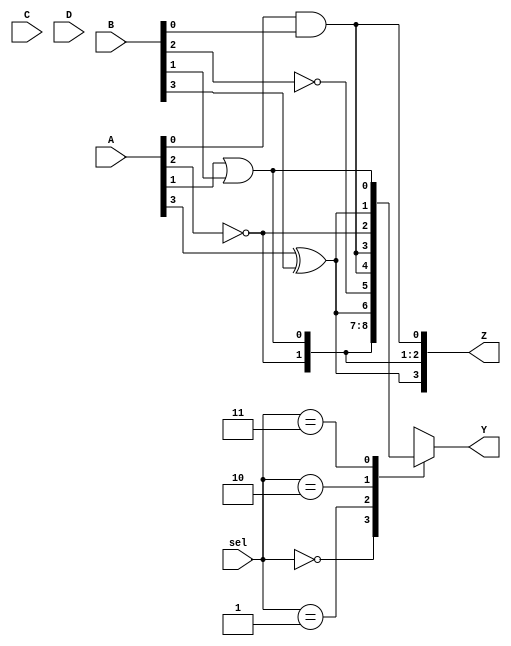
module CLB (
    input wire [3:0] A,      // Inputs A[3:0]
    input wire [3:0] B,      // Inputs B[3:0]
    input wire [3:0] C,      // Inputs C[3:0]
    input wire [3:0] D,      // Inputs D[3:0]
    input wire [1:0] sel,    // Select signal for multiplexers
    output wire [3:0] Y,     // Outputs Y[3:0]
    output wire [3:0] Z      // Outputs Z[3:0]
);

// Internal signals for logic operations
wire and_out;
wire or_out;
wire not_out_A;
wire not_out_B;
wire xor_out;

// Logic operations
assign and_out = A[0] & B[0]; // AND operation
assign or_out = A[1] | B[1];  // OR operation
assign not_out_A = ~A[2];     // NOT operation
assign not_out_B = ~B[2];     // NOT operation
assign xor_out = A[3] ^ B[3]; // XOR operation

// Multiplexer for output selection
always @(*) begin
    case (sel)
        2'b00: Y = {not_out_A, not_out_B, or_out, and_out}; // Select NOT, OR, AND
        2'b01: Y = {xor_out, and_out, or_out, not_out_A};   // Select XOR, AND, OR
        2'b10: Y = {or_out, xor_out, not_out_B, and_out};   // Select OR, XOR, NOT
        2'b11: Y = {and_out, not_out_A, xor_out, or_out};    // Select AND, NOT, XOR
        default: Y = 4'b0000; // Default case
    endcase
end

// Additional output logic (for demonstration)
assign Z[0] = and_out; // Direct connection to output Z[0]
assign Z[1] = or_out;  // Direct connection to output Z[1]
assign Z[2] = not_out_A; // Direct connection to output Z[2]
assign Z[3] = xor_out;  // Direct connection to output Z[3]

endmodule